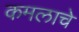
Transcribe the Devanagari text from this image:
कमलाचे